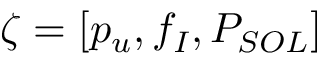
\zeta = [ p _ { u } , f _ { I } , P _ { S O L } ]